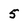
Character: 5